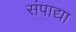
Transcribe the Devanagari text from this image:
संपाद्या